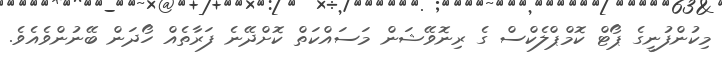
މިކުންފުނީގެ ޕޯޓް ކޮމްޕްލެކްސް ގެ ރިނޮވޭޝަން މަސައްކަތް ކޮށްދޭނެ ފަރާތެއް ހޯދަން ބޭނުންވެއެވެ.